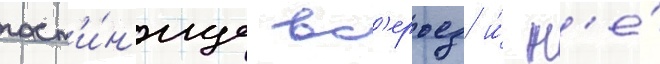
гост'и́н'ице вс'ерьез и́ н'е́